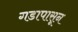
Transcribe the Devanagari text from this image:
गडापासून